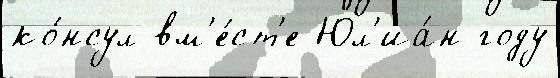
ко́нсул вм'е́ст'е Юл'иа́н году